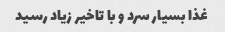
غذا بسیار سرد و با تاخیر زیاد رسید